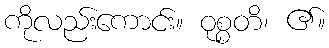
ကိုလည်းကောင်း။ ဝုစ္စတိ၊ ၏။